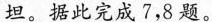
坦。据此完成7，8题。